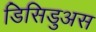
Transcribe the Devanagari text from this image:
डिसिडुअस